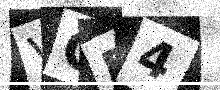
Text: VGB4